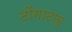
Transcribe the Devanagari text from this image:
टोंगाटाबु